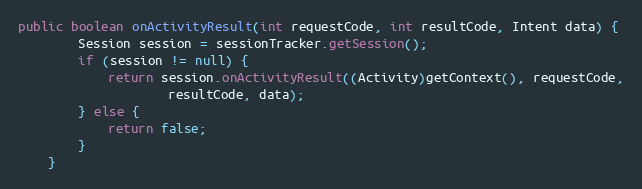
Language: Java
public boolean onActivityResult(int requestCode, int resultCode, Intent data) {
        Session session = sessionTracker.getSession();
        if (session != null) {
            return session.onActivityResult((Activity)getContext(), requestCode,
                    resultCode, data);
        } else {
            return false;
        }
    }